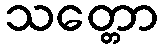
သတ္တော